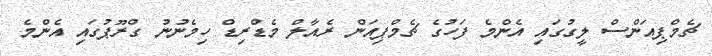
ޗެމްޕިއަންސް ލީގުގައި އެންމެ ފަހުގެ ޗެމްޕިއަން ރެއާލް މެޑްރިޑް ހިމެނުނު ގްރޫޕުގައި އެންމެ